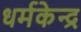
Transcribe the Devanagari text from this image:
धर्मकेन्द्र